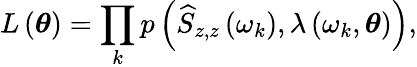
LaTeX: L\left(\boldsymbol{\theta}\right)=\prod_{k}p\left(\widehat{S}_{z,z}\left(\omega_{k}\right),\lambda\left(\omega_{k},\boldsymbol{\theta}\right)\right),